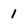
Character: 1